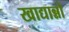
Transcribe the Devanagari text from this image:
खाद्यान्नो